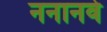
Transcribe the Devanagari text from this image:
ननानवे